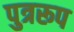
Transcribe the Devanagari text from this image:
पुत्ररूप